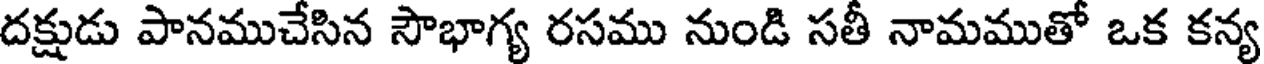
దక్షుడు పానముచేసిన సౌభాగ్య రసము నుండి సతీ నామముతో ఒక కన్య